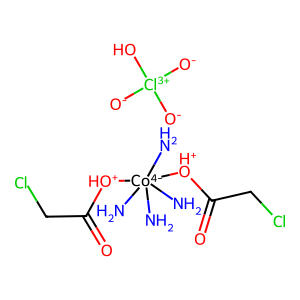
SMILES: N[Co-4](N)(N)(N)([OH+]C(=O)CCl)[OH+]C(=O)CCl.[O-][Cl+3]([O-])([O-])O
Inhibits HIV replication: No